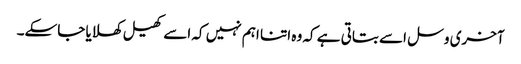
آخری وسل اسے بتاتی ہے کہ وہ اتنا اہم نہیں کہ اسے کھیل کھلایا جاسکے۔